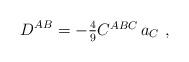
LaTeX: \begin{align*}D^{AB} = -\textstyle{\frac{4}{9}} C^{ABC}\,a_C\ ,\end{align*}